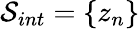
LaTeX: \mathcal{S}_{int}=\{ {z}_{n}\}